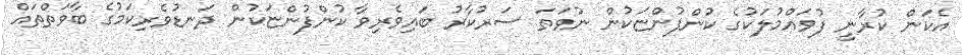
އެކަން ކުރާނީ ފުވައްމުލަކުގެ ކުންފުންޏަކުން ނުވަތަ ސަރުކާރު ބައިވެރިވާ ކުންފުންޏަކުން ދަނޑުވެރިކަމުގެ ބާވަތްތައް